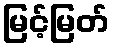
မြင့်မြတ်